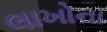
લાખોના